Grant in aid of war bonuses to teachers, 1917
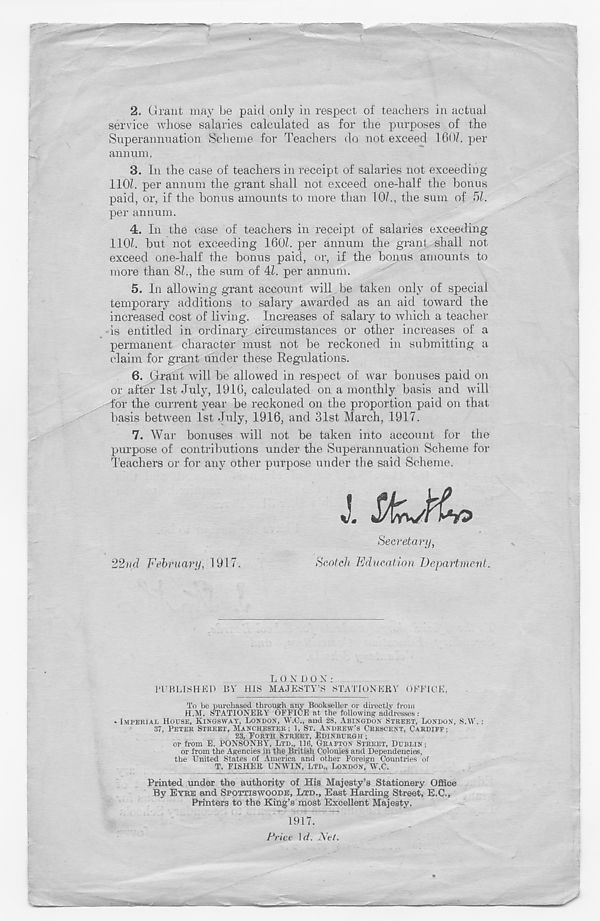
2. Grant may be paid only in respect of teachers in actual
service whose salaries calculated as for the purposes of the
Superannuation Scheme for Teachers do not exceed 160/. per
annum,
3. In the case of teachers in receipt of salaries not exceeding
110/. per annum the grant shall not exceed one-half the bonus
paid, or, if the bonus amounts to more than 10/., the sum of 5/.
pei - annum.
4. In the case of teachers in receipt of salaries exceeding
110/. but not exceeding 160/. per annum the grant shall not
exceed one-half the bonus paid, or, if the bonus amounts to
more than SI., the sum of 4/. per annum.
5. In allowing grant account will be taken only of special
temporary additions to salary awarded as an aid toward the
increased cost of living. Increases of salary to which a teacher
is entitled in ordinary circumstances or other increases of a
permanent character must not be reckoned in submitting a
claim for grant under these Regulations.
6. Grant will be allowed in respect of war bonuses paid on
or after 1st July, 1916, calculated on a monthly basis and will
for the current year be reckoned on the proportion paid on that
basis between 1st July, 1916, and 31st March, 1917.
7. War bonuses will not be taken into account for the
purpose of contributions under the Superannuation Scheme for
Teachers or for any other purpose under the said Scheme.
Secretary,
Scotch Education Department.
22nd February, 1917.
L O X 1) O X :
PUBLISHED BY HIS MAJESTY’S STATIONERY OFFICE.
To be purchased through any Bookseller or directly from
H.M. STATIOXEIiY OFFICE at the following addresses;
* IMPERIAL HOUSE, KINOSWAY, LONDON, W.C., and 28, ABINGDON STREET, LONDON, S.V.;
37, PETER STREET, MANCHESTER; 1, ST. ANDREW’S CRESCENT, CARDIFF ;
23, FORTH STREET, EDINBURGH ;
or from E. POXSOXBY, LTD., 116, GRAFTON STREET, DUBLIN;
or from the Agencies in the British Colonies and Dependencies,
the United States of America and other Foreign Countries of
T. FISHEB UNWIN, LTD., LONDON, W.C.
Printed under the authority of His Majesty’s Stationery Office
By EYRE and SPOTTISWOODE, LTD., East Harding Street, E.C.,
Printers to the King’s most Excellent Majesty.
1917.
Price I d. Net.